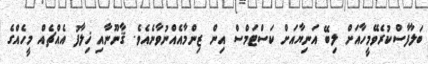
ބަލާފާސްކުރެވޭމީހާއަށް ލިބޭ އަނިޔާއަށް ކަސްޓަމްސް އިން ޒިންމާއެއްނުވާނެއެވެ. ޤާނޫނާއި ޚިލާފު އެއްޗެއް މީހެއްގެ